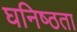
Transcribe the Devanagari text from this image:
घनिष्‍ठता